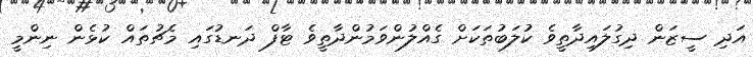
އަދި ސީޒަން ދިގުލައިދާތީވެ ކުލަބުތަކަށް ގެއްލުންވަމުންދާތީވެ ޓާފް ދަނޑުގައި މެޗުތައް ކުޅެން ނިންމީ